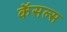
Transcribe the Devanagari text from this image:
कॅसल्स